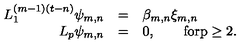
\begin{array} { r c l } { L _ { 1 } ^ { ( m - 1 ) ( t - n ) } \psi _ { m , n } } & { = } & { \beta _ { m , n } \xi _ { m , n } } \\ { L _ { p } \psi _ { m , n } } & { = } & { 0 , \qquad \mathrm { f o r p \geq 2 } . } \\ \end{array}